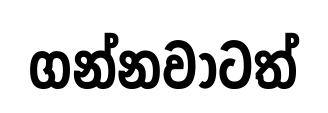
ගන්නවාටත්